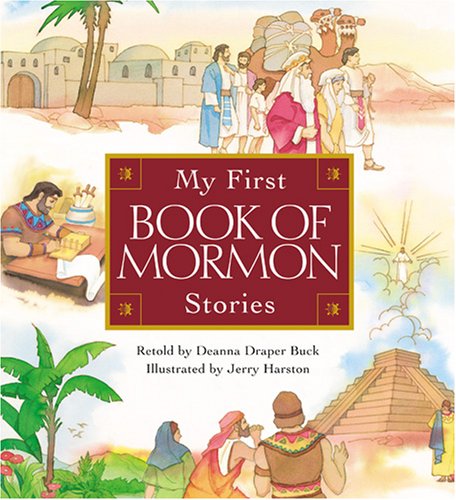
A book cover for My First Book of Mormon Stories; Deana Draper Buck; Children's Books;